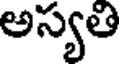
అస్యతి